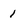
Character: i